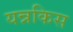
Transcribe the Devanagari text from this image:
यन्नकिस